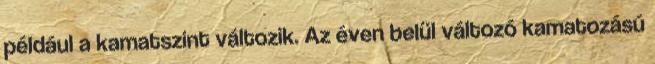
például a kamatszint változik. Az éven belül változó kamatozású